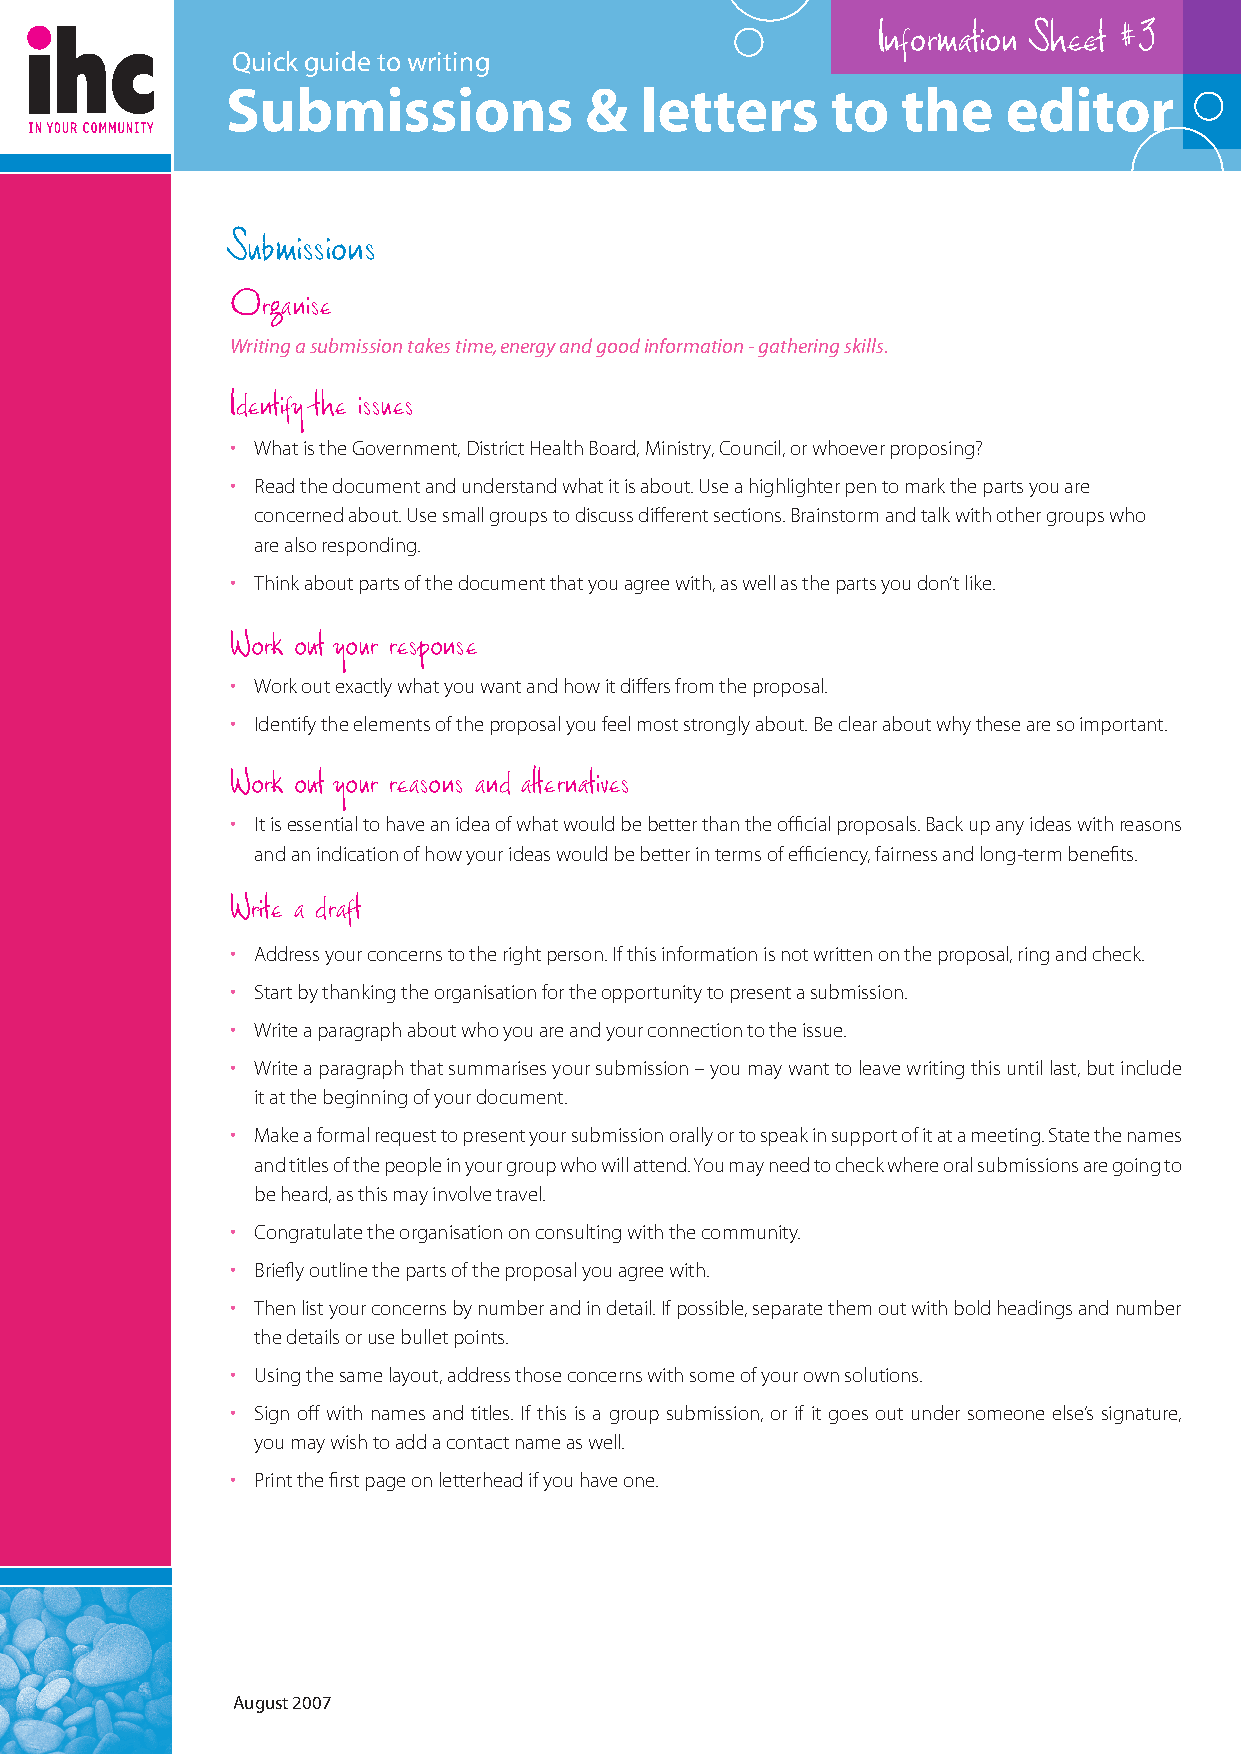
Information Sheet #3
 Quick guide to writing
 Submissions             &  letters      to   the    editor
 Submissions
 Organise
 Writing a submission takes time, energy and good information - gathering skills.
 Identify the issues
 • What is the Government, District Health Board, Ministry, Council, or whoever proposing?
 • Read the document and understand what it is about. Use a highlighter pen to mark the parts you are
 concerned about. Use small groups to discuss different sections. Brainstorm and talk with other groups who
 are also responding.
 • Think about parts of the document that you agree with, as well as the parts you don’t like.
 Work out your response
 • Work out exactly what you want and how it differs from the proposal.
 • Identify the elements of the proposal you feel most strongly about. Be clear about why these are so important.
 Work out your reasons and alternatives
 • It is essential to have an idea of what would be better than the official proposals. Back up any ideas with reasons
 and an indication of how your ideas would be better in terms of efficiency, fairness and long-term benefits.
 Write a draft
 • Address your concerns to the right person. If this information is not written on the proposal, ring and check.
 • Start by thanking the organisation for the opportunity to present a submission.
 • Write a paragraph about who you are and your connection to the issue.
 • Write a paragraph that summarises your submission – you may want to leave writing this until last, but include
 it at the beginning of your document.
 • Make a formal request to present your submission orally or to speak in support of it at a meeting. State the names
 and titles of the people in your group who will attend. You may need to check where oral submissions are going to
 be heard, as this may involve travel.
 • Congratulate the organisation on consulting with the community.
 • Briefly outline the parts of the proposal you agree with.
 • Then list your concerns by number and in detail. If possible, separate them out with bold headings and number
 the details or use bullet points.
 • Using the same layout, address those concerns with some of your own solutions.
 • Sign off with names and titles. If this is a group submission, or if it goes out under someone else’s signature,
 you may wish to add a contact name as well.
 • Print the first page on letterhead if you have one.
 August 2007